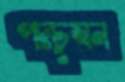
পদচুম্বন